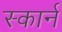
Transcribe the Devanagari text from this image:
स्कार्न